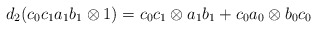
\begin{align*}d_2(c_0c_1a_1b_1 \otimes 1) = c_0c_1 \otimes a_1b_1 + c_0a_0 \otimes b_0c_0\end{align*}